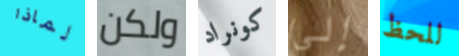
لماذا ولكن كونراد إلى للحظ